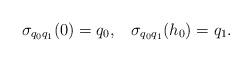
LaTeX: \begin{align*}\sigma_{q_0q_1}(0) = q_0, \; \; \; \sigma_{q_0q_1}(h_0) = q_1.\end{align*}